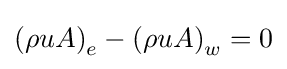
\left(\rho uA\right)_{e}-\left(\rho uA\right)_{w}=0